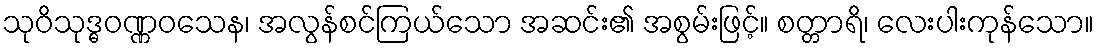
သုဝိသုဒ္ဓဝဏ္ဏဝသေန၊ အလွန်စင်ကြယ်သော အဆင်း၏ အစွမ်းဖြင့်။ စတ္တာရိ၊ လေးပါးကုန်သော။